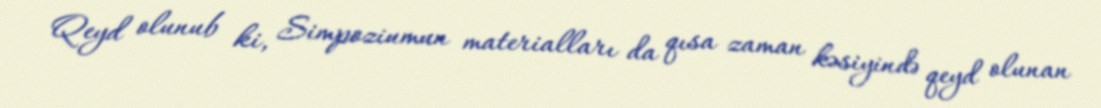
Qeyd olunub ki, Simpoziumun materialları da qısa zaman kəsiyində qeyd olunan